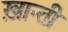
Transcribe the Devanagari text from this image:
ख़ान्ती